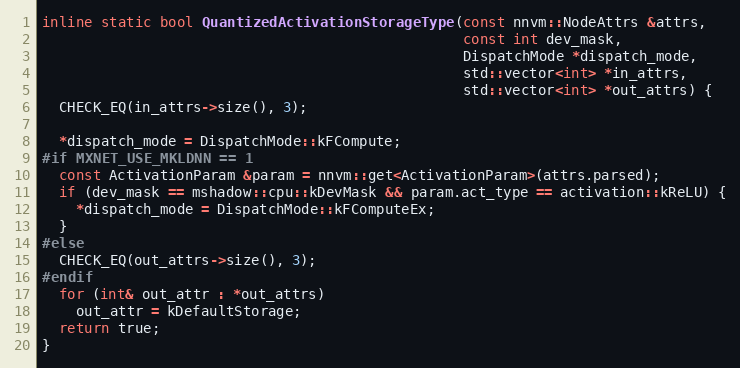
Language: C++
inline static bool QuantizedActivationStorageType(const nnvm::NodeAttrs &attrs,
                                                  const int dev_mask,
                                                  DispatchMode *dispatch_mode,
                                                  std::vector<int> *in_attrs,
                                                  std::vector<int> *out_attrs) {
  CHECK_EQ(in_attrs->size(), 3);

  *dispatch_mode = DispatchMode::kFCompute;
#if MXNET_USE_MKLDNN == 1
  const ActivationParam &param = nnvm::get<ActivationParam>(attrs.parsed);
  if (dev_mask == mshadow::cpu::kDevMask && param.act_type == activation::kReLU) {
    *dispatch_mode = DispatchMode::kFComputeEx;
  }
#else
  CHECK_EQ(out_attrs->size(), 3);
#endif
  for (int& out_attr : *out_attrs)
    out_attr = kDefaultStorage;
  return true;
}